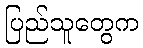
ပြည်သူတွေက